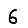
Digit: 6